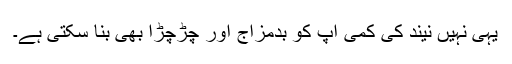
یہی نہیں نیند کی کمی آپ کو بدمزاج اور چڑچڑا بھی بنا سکتی ہے۔